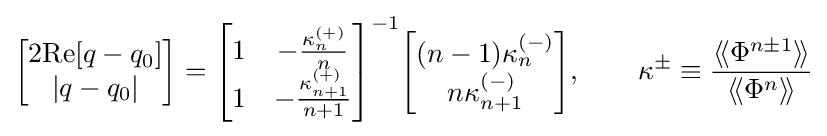
{\begin{bmatrix}2{\text{Re}}[q-q_{0}]\\|q-q_{0}|\end{bmatrix}}={\begin{bmatrix}1&-{\frac {\kappa _{n}^{(+)}}{n}}\\1&-{\frac {\kappa _{n+1}^{(+)}}{n+1}}\end{bmatrix}}^{-1}{\begin{bmatrix}(n-1)\kappa _{n}^{(-)}\\n\kappa _{n+1}^{(-)}\end{bmatrix}},\qquad \kappa ^{\pm }\equiv {\frac {\langle \!\langle \Phi ^{n\pm 1}\rangle \!\rangle }{\langle \!\langle \Phi ^{n}\rangle \!\rangle }}